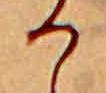
か